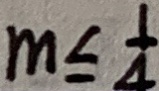
m \leq \frac { 1 } { 4 }